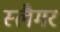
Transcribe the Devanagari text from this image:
स्लैमर